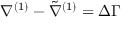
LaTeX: \nabla ^ { ( 1 ) } - \tilde { \nabla } ^ { ( 1 ) } = \Delta \Gamma